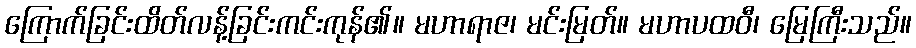
ကြောက်ခြင်းထိတ်လန့်ခြင်းကင်းကုန်၏။ မဟာရာဇ၊ မင်းမြတ်။ မဟာပထဝီ၊ မြေကြီးသည်။